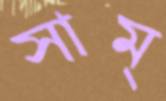
সাম্